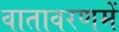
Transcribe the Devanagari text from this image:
वातावरणमें